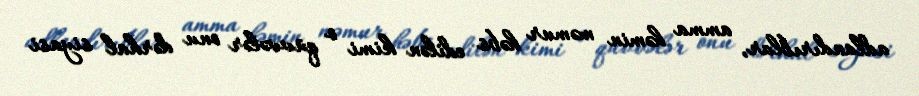
adlandırıblar, amma həmin məmur həbs edilən kimi o qüvvələr onu dərhal siyasi